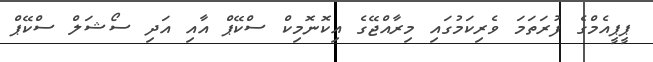
ޕީޕީއެމްގެ ފުރަތަމަ ވެރިކަމުގައި މިރާއްޖޭގެ އިކޮނޮމިކް ސްކޭޕް އާއި އަދި ސޯޝަލް ސްކޭޕް